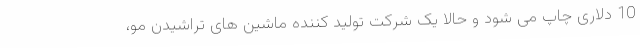
10 دلاری چاپ می شود و حالا یک شرکت تولید کننده ماشین های تراشیدن مو،